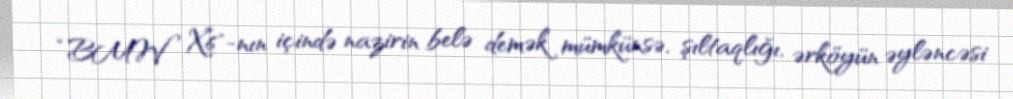
“BMW X6"-nın içində nazirin belə demək mümkünsə, şıltaqlığı, ərköyün əyləncəsi